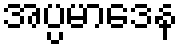
အပ္ပမာဒေန